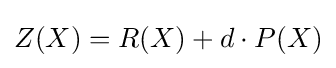
Z(X)=R(X)+d\cdot P(X)